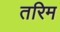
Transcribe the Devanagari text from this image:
तरिम